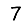
Digit: 7